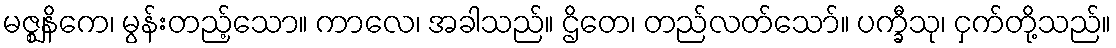
မဇ္ဈနိကေ၊ မွန်းတည့်သော။ ကာလေ၊ အခါသည်။ ဌိတေ၊ တည်လတ်သော်။ ပက္ခီသု၊ ငှက်တို့သည်။